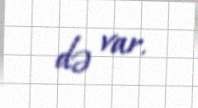
də var.